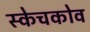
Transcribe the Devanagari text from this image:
स्केचकोव